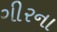
ગીરના